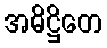
အဓိဋ္ဌိတေ